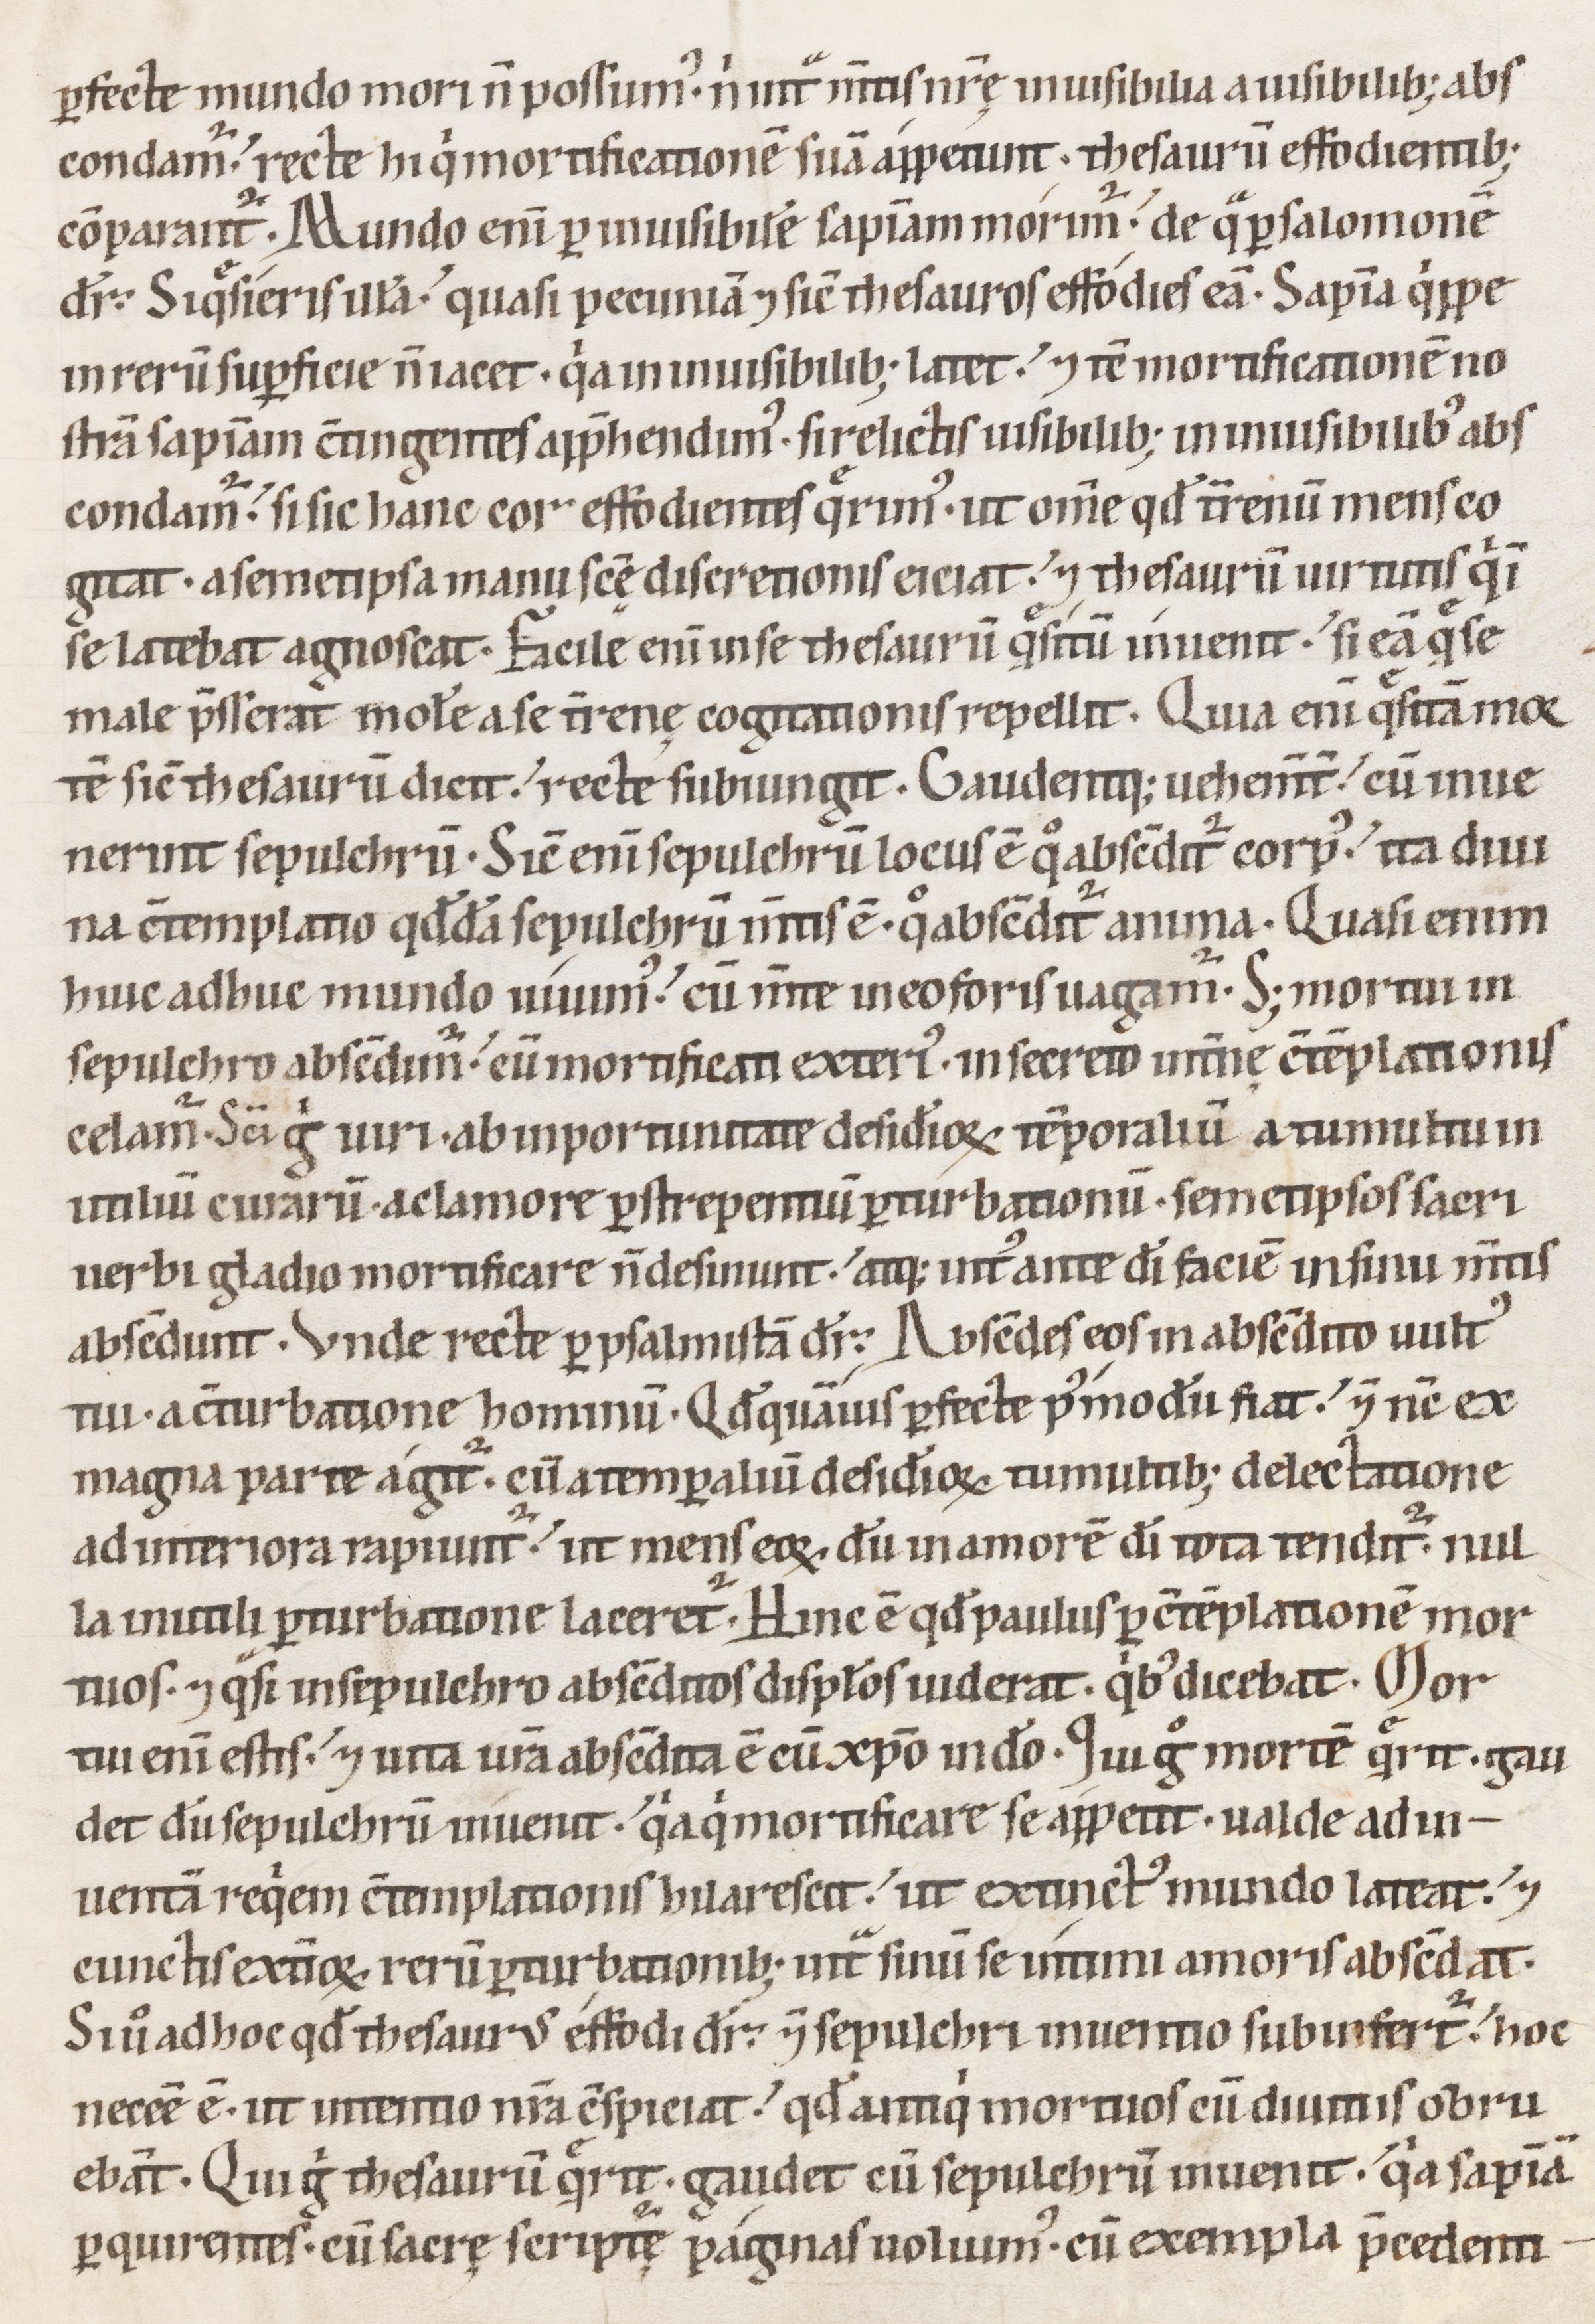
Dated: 1100–1199